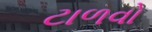
ટાળવો